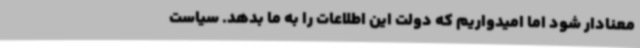
معنادار شود اما امیدواریم که دولت این اطلاعات را به ما بدهد. سیاست